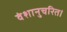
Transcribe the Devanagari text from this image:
वंशानुचरित।